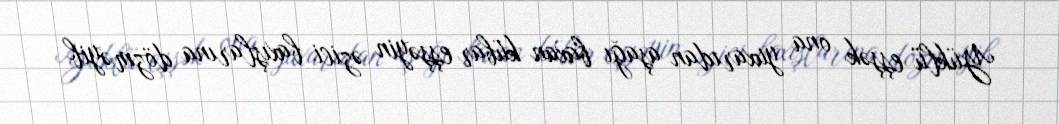
Yüklü eşşək ona yuxarıdan aşağı baxan kübar eşşəyin əzici baxışlarına dözməyib